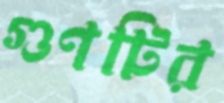
গুণটির